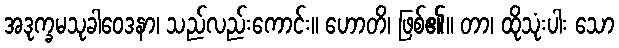
အဒုက္ခမသုခါဝေဒနာ၊ သည်လည်းကောင်း။ ဟောတိ၊ ဖြစ်၏။ တာ၊ ထိုသုံးပါး သော